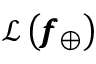
\mathcal { L } \left( \pmb { f } _ { \oplus } \right)